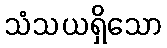
သံသယရှိသော